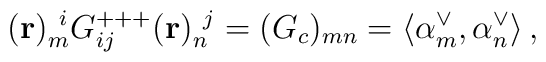
({\bf r})_m^{~i}G^{+++}_{ij}({\bf r})_n^{~j} =(G_c)_{mn}=\langle\alpha_m^\vee,\alpha_n^\vee\rangle\, ,